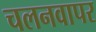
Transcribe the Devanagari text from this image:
चलनवापर